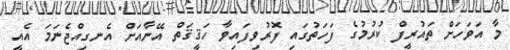
މާ އަވަހަށް ތައުރީފް ކުރުމުގެ ފަހަތުގައި ފޮރުވިފައިވާ ހަޤީޤަތް އޭނާއަށް އެނގިއްޖެނަމަ އެއީ